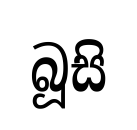
බූසි